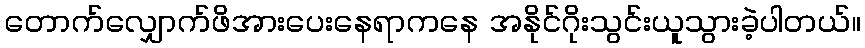
တောက်လျှောက်ဖိအားပေးနေရာကနေ အနိုင်ဂိုးသွင်းယူသွားခဲ့ပါတယ်။